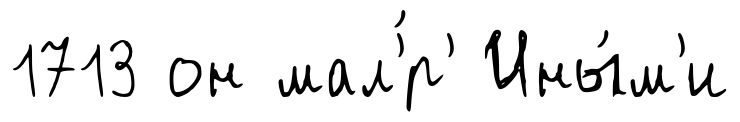
1713 он мал'́р' Ины́м'и